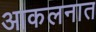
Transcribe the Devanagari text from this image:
आकलनात